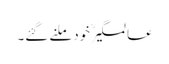
عالمگیرؒ خود ملنے گئے۔